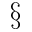
\S